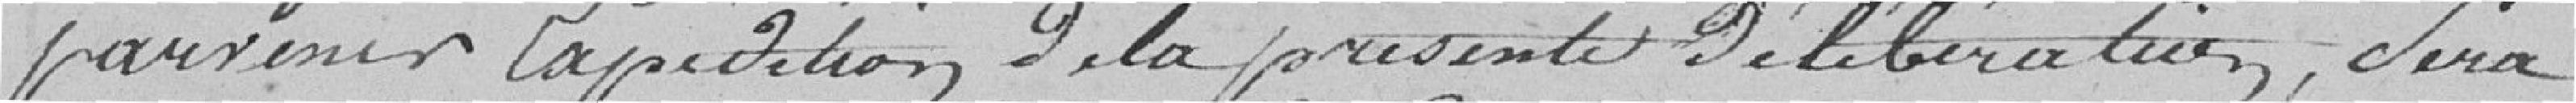
parvenir la pétition de la présente délibération, sera